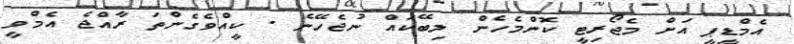
އެމްޑީޕީ އަށް މެޖޯރިޓީ ކޮންމެހެން ލިބޭކައް ނުޖެހޭނެ . ކީއްވެގެންތަ ރާއްޖެ އެމްވީ